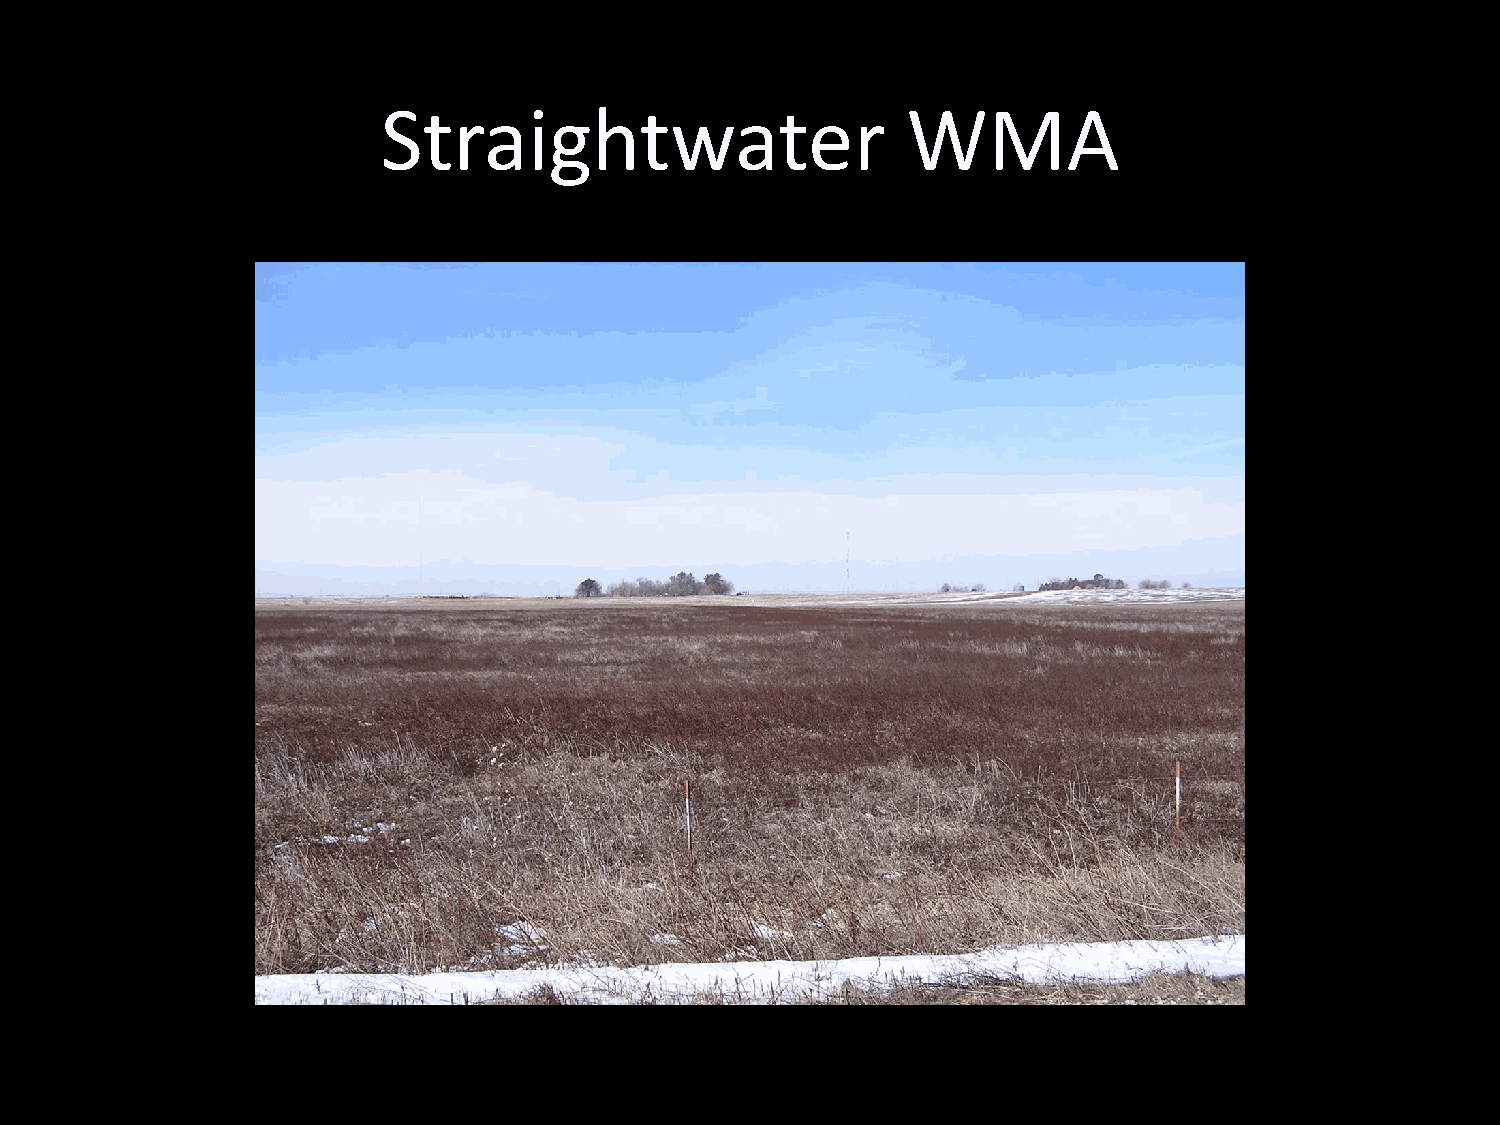
Straightwater                      WMA